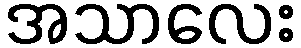
အသာလေး